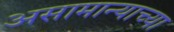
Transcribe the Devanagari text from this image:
असामान्याच्या